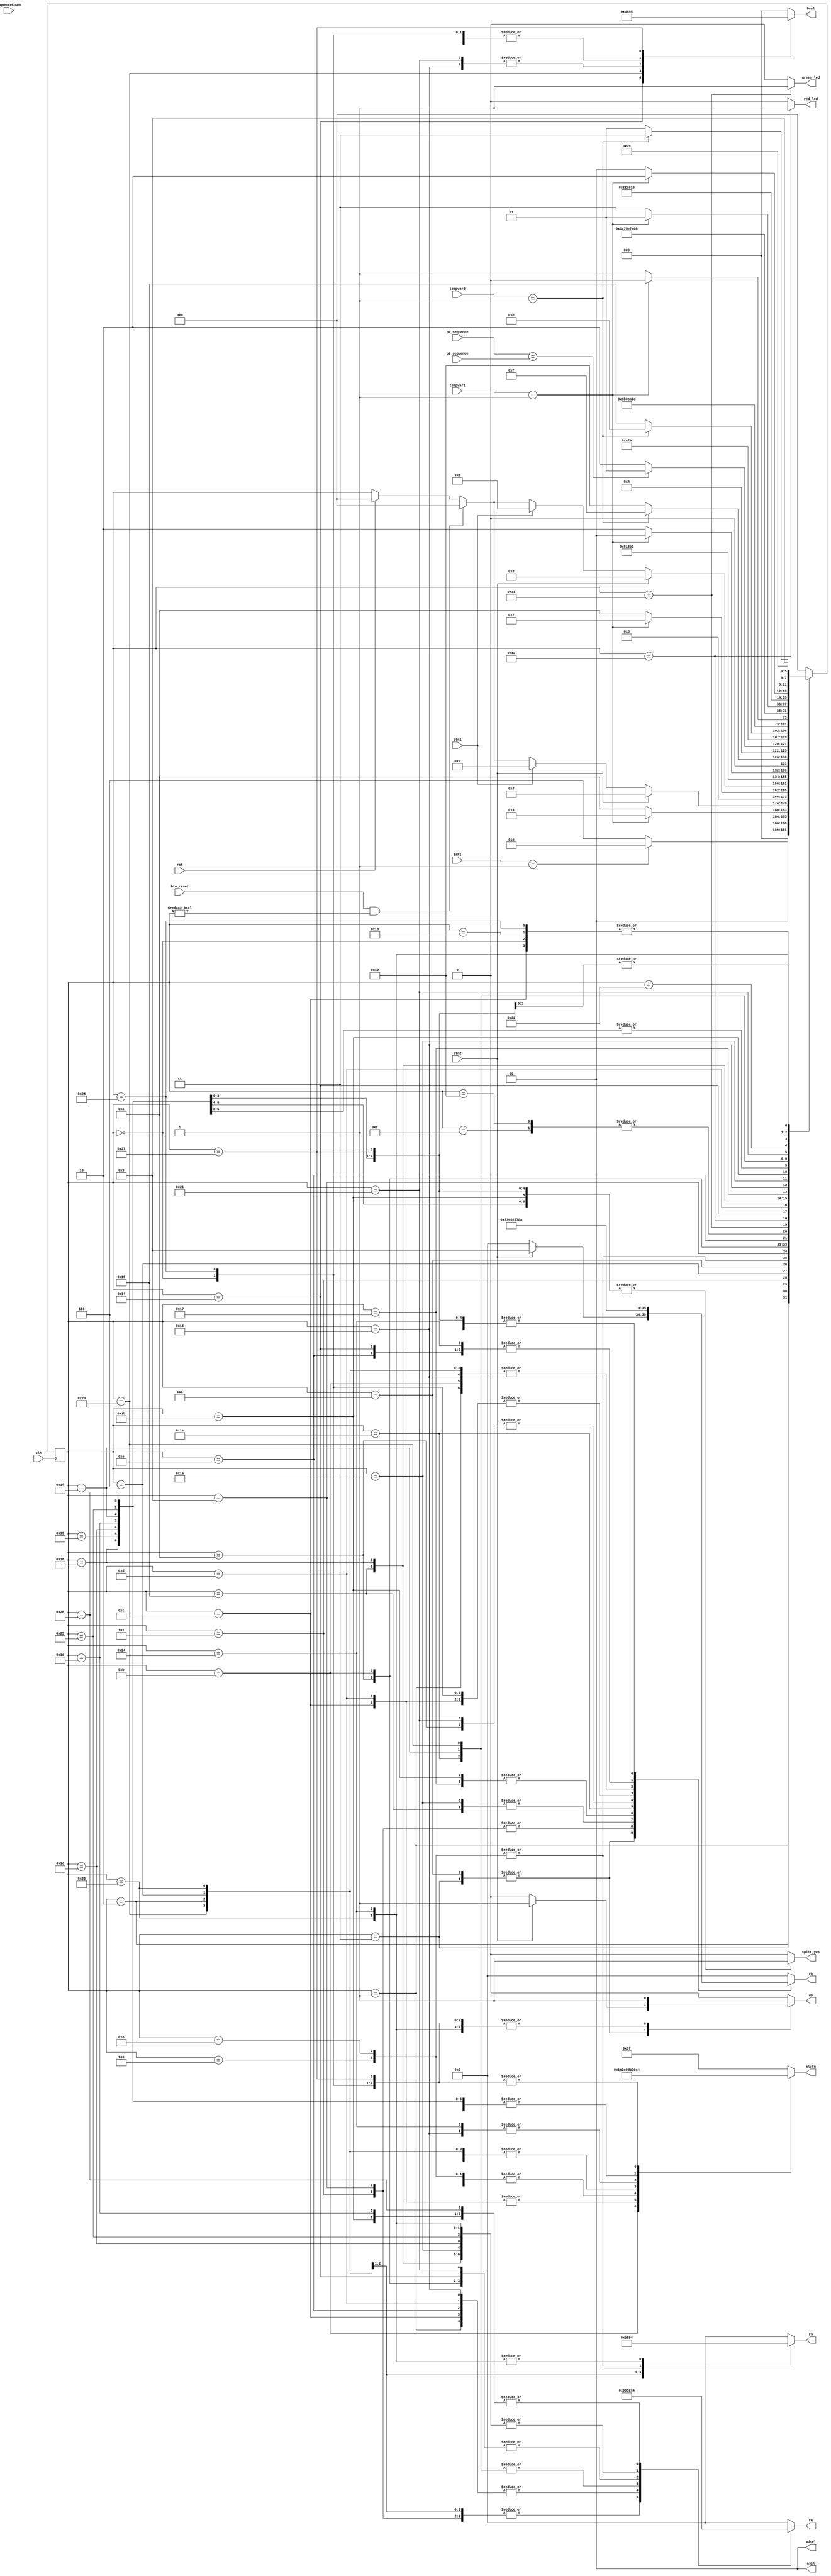
/*
   This file was generated automatically by Alchitry Labs version 1.2.7.
   Do not edit this file directly. Instead edit the original Lucid source.
   This is a temporary file and any changes made to it will be destroyed.
*/

module game_cu_4 (
    input clk,
    input rst,
    input btn1,
    input btn2,
    input btn_reset,
    input [15:0] p1_sequence,
    input [15:0] p2_sequence,
    input [15:0] sequenceCount,
    input [15:0] isP1,
    input [15:0] tempvar1,
    input [15:0] tempvar2,
    output reg we,
    output reg [3:0] ra,
    output reg [3:0] rb,
    output reg [3:0] rc,
    output reg [1:0] asel,
    output reg [2:0] bsel,
    output reg [1:0] wdsel,
    output reg [5:0] alufn,
    output reg green_led,
    output reg red_led,
    output reg split_yes
  );
  
  
  
  localparam START_game_fsm = 6'd0;
  localparam IDLE_game_fsm = 6'd1;
  localparam PLAYER1_PRESS_game_fsm = 6'd2;
  localparam PLAYER1_PRESS_WRITE_VALUE_game_fsm = 6'd3;
  localparam PLAYER1_PRESS_ADD_TO_SEQUENCE_game_fsm = 6'd4;
  localparam PLAYER1_PRESS_INCREMENT_LOOPVAR_game_fsm = 6'd5;
  localparam PLAYER2_PRESS_game_fsm = 6'd6;
  localparam PLAYER2_PRESS_WRITE_VALUE_game_fsm = 6'd7;
  localparam PLAYER2_PRESS_ADD_TO_SEQUENCE_game_fsm = 6'd8;
  localparam PLAYER2_PRESS_INCREMENT_LOOPVAR_game_fsm = 6'd9;
  localparam INCREMENT_SEQUENCECOUNT_game_fsm = 6'd10;
  localparam CPMLEQ_SEQUENCECOUNT_1_game_fsm = 6'd11;
  localparam NOT_ISP1_game_fsm = 6'd12;
  localparam NOT_ISP1_CMP_game_fsm = 6'd13;
  localparam CMPEQ_P1SEQUENCE_P2SEQUENCE_game_fsm = 6'd14;
  localparam CMP_SEQ_ISP1_game_fsm = 6'd15;
  localparam CMP_SEQ_NOTISP1_game_fsm = 6'd16;
  localparam UPDATE_LED_GREEN_game_fsm = 6'd17;
  localparam UPDATE_LED_RED_game_fsm = 6'd18;
  localparam TURN_LED_OFF_game_fsm = 6'd19;
  localparam CPMLE_SEQUENCECOUNT_16_game_fsm = 6'd20;
  localparam CMPEQ_ISP1_0_game_fsm = 6'd21;
  localparam INCREMENT_P1_SCORE_game_fsm = 6'd22;
  localparam INCREMENT_P2_SCORE_game_fsm = 6'd23;
  localparam INCREMENT_P1_SCORE_SEG_game_fsm = 6'd24;
  localparam INCREMENT_P2_SCORE_SEG_game_fsm = 6'd25;
  localparam INCREMENT_P1_SCORE_CMP_game_fsm = 6'd26;
  localparam INCREMENT_P2_SCORE_CMP_game_fsm = 6'd27;
  localparam INCREMENT_P1_SCORE_CMP_SEG_game_fsm = 6'd28;
  localparam INCREMENT_P2_SCORE_CMP_SEG_game_fsm = 6'd29;
  localparam INCREMENT_ROUND_game_fsm = 6'd30;
  localparam INCREMENT_ROUND_SEG_game_fsm = 6'd31;
  localparam CMPLEQC_ROUND_5_game_fsm = 6'd32;
  localparam RESET_SEQUENCE_COUNT_game_fsm = 6'd33;
  localparam TURN_LED_OFF1_game_fsm = 6'd34;
  localparam CMPLEQ_P1_SCORE_P2SCORE_game_fsm = 6'd35;
  localparam CMPEQ_P1_SCORE_P2SCORE_game_fsm = 6'd36;
  localparam P1_WINNER_game_fsm = 6'd37;
  localparam P2_WINNER_game_fsm = 6'd38;
  localparam TIE_game_fsm = 6'd39;
  localparam SET_ISP1_1_game_fsm = 6'd40;
  localparam END_game_fsm = 6'd41;
  
  reg [5:0] M_game_fsm_d, M_game_fsm_q = START_game_fsm;
  
  always @* begin
    M_game_fsm_d = M_game_fsm_q;
    
    alufn = 6'h3f;
    asel = 3'h0;
    bsel = 2'h0;
    we = 4'h0;
    ra = 4'h0;
    rb = 4'h0;
    rc = 4'h0;
    wdsel = 1'h0;
    green_led = 1'h0;
    red_led = 1'h0;
    split_yes = 1'h0;
    if (rst) begin
      M_game_fsm_d = START_game_fsm;
    end
    if (btn_reset && M_game_fsm_q != START_game_fsm) begin
      M_game_fsm_d = START_game_fsm;
    end
    
    case (M_game_fsm_q)
      START_game_fsm: begin
        alufn = 4'h4;
        bsel = 3'h2;
        rc = 4'h6;
        we = 1'h1;
        M_game_fsm_d = IDLE_game_fsm;
      end
      IDLE_game_fsm: begin
        alufn = 4'h3;
        asel = 2'h0;
        ra = 4'h6;
        rc = 4'h7;
        we = 1'h1;
        if (isP1 == 1'h1) begin
          M_game_fsm_d = PLAYER1_PRESS_game_fsm;
        end else begin
          M_game_fsm_d = PLAYER2_PRESS_game_fsm;
        end
      end
      PLAYER1_PRESS_game_fsm: begin
        alufn = 6'h36;
        asel = 2'h0;
        bsel = 3'h0;
        ra = 4'h9;
        rb = 4'hb;
        rc = 4'h7;
        if (tempvar1 == 1'h1) begin
          M_game_fsm_d = PLAYER1_PRESS_WRITE_VALUE_game_fsm;
        end else begin
          M_game_fsm_d = INCREMENT_SEQUENCECOUNT_game_fsm;
        end
      end
      PLAYER1_PRESS_WRITE_VALUE_game_fsm: begin
        if (btn2) begin
          rc = 4'h9;
          we = 1'h1;
          M_game_fsm_d = PLAYER1_PRESS_ADD_TO_SEQUENCE_game_fsm;
        end else begin
          if (btn1) begin
            M_game_fsm_d = PLAYER1_PRESS_game_fsm;
          end
        end
      end
      PLAYER1_PRESS_ADD_TO_SEQUENCE_game_fsm: begin
        alufn = 6'h00;
        asel = 2'h0;
        bsel = 3'h0;
        ra = 4'h0;
        rb = 4'h9;
        rc = 4'h0;
        we = 1'h1;
        M_game_fsm_d = PLAYER1_PRESS_INCREMENT_LOOPVAR_game_fsm;
      end
      PLAYER1_PRESS_INCREMENT_LOOPVAR_game_fsm: begin
        alufn = 6'h00;
        asel = 2'h0;
        bsel = 3'h2;
        ra = 4'h9;
        rc = 4'h9;
        we = 1'h1;
        M_game_fsm_d = PLAYER1_PRESS_game_fsm;
      end
      PLAYER2_PRESS_game_fsm: begin
        alufn = 6'h36;
        asel = 2'h0;
        bsel = 3'h0;
        ra = 4'h9;
        rb = 4'h6;
        rc = 4'h7;
        if (tempvar1 == 1'h1) begin
          M_game_fsm_d = PLAYER2_PRESS_WRITE_VALUE_game_fsm;
        end else begin
          M_game_fsm_d = INCREMENT_SEQUENCECOUNT_game_fsm;
        end
      end
      PLAYER2_PRESS_WRITE_VALUE_game_fsm: begin
        if (btn2) begin
          rc = 4'h9;
          we = 1'h1;
          M_game_fsm_d = PLAYER2_PRESS_ADD_TO_SEQUENCE_game_fsm;
        end else begin
          if (btn1) begin
            M_game_fsm_d = PLAYER2_PRESS_game_fsm;
          end
        end
      end
      PLAYER2_PRESS_ADD_TO_SEQUENCE_game_fsm: begin
        alufn = 6'h00;
        asel = 2'h0;
        bsel = 3'h0;
        ra = 4'h0;
        rb = 4'h9;
        rc = 4'h0;
        we = 1'h1;
        M_game_fsm_d = PLAYER1_PRESS_INCREMENT_LOOPVAR_game_fsm;
      end
      PLAYER2_PRESS_INCREMENT_LOOPVAR_game_fsm: begin
        alufn = 6'h00;
        asel = 2'h0;
        bsel = 3'h2;
        ra = 4'h9;
        rc = 4'h9;
        we = 1'h1;
        M_game_fsm_d = PLAYER2_PRESS_game_fsm;
      end
      INCREMENT_SEQUENCECOUNT_game_fsm: begin
        alufn = 6'h00;
        asel = 2'h0;
        bsel = 3'h2;
        ra = 4'h2;
        rc = 4'h2;
        we = 1'h1;
        M_game_fsm_d = CPMLEQ_SEQUENCECOUNT_1_game_fsm;
      end
      CPMLEQ_SEQUENCECOUNT_1_game_fsm: begin
        alufn = 6'h1a;
        asel = 2'h0;
        bsel = 3'h2;
        ra = 4'h2;
        rc = 4'h7;
        we = 1'h1;
        if (tempvar1 == 1'h1) begin
          M_game_fsm_d = NOT_ISP1_game_fsm;
        end else begin
          M_game_fsm_d = CMPEQ_P1SEQUENCE_P2SEQUENCE_game_fsm;
        end
      end
      NOT_ISP1_game_fsm: begin
        alufn = 4'hb;
        asel = 2'h0;
        ra = 4'h6;
        rc = 4'h6;
        we = 1'h1;
        M_game_fsm_d = IDLE_game_fsm;
      end
      CMPEQ_P1SEQUENCE_P2SEQUENCE_game_fsm: begin
        alufn = 4'h3;
        asel = 2'h0;
        ra = 4'h6;
        rc = 4'h8;
        we = 1'h1;
        if (tempvar2 == 1'h1) begin
          M_game_fsm_d = CMP_SEQ_ISP1_game_fsm;
        end else begin
          M_game_fsm_d = CMP_SEQ_NOTISP1_game_fsm;
        end
      end
      CMP_SEQ_ISP1_game_fsm: begin
        if (p1_sequence == p2_sequence) begin
          M_game_fsm_d = UPDATE_LED_GREEN_game_fsm;
        end else begin
          M_game_fsm_d = UPDATE_LED_RED_game_fsm;
        end
      end
      CMP_SEQ_NOTISP1_game_fsm: begin
        if (p1_sequence == p2_sequence) begin
          M_game_fsm_d = UPDATE_LED_GREEN_game_fsm;
        end else begin
          M_game_fsm_d = UPDATE_LED_RED_game_fsm;
        end
      end
      UPDATE_LED_GREEN_game_fsm: begin
        green_led = 1'h1;
        M_game_fsm_d = CPMLE_SEQUENCECOUNT_16_game_fsm;
      end
      UPDATE_LED_RED_game_fsm: begin
        red_led = 1'h1;
        M_game_fsm_d = CMPEQ_ISP1_0_game_fsm;
      end
      CPMLE_SEQUENCECOUNT_16_game_fsm: begin
        alufn = 6'h36;
        asel = 2'h0;
        bsel = 3'h4;
        ra = 4'h2;
        rc = 4'h8;
        we = 1'h1;
        if (tempvar2 == 1'h1) begin
          M_game_fsm_d = NOT_ISP1_CMP_game_fsm;
        end else begin
          M_game_fsm_d = INCREMENT_P1_SCORE_game_fsm;
        end
      end
      NOT_ISP1_CMP_game_fsm: begin
        alufn = 4'hb;
        asel = 2'h0;
        ra = 4'h6;
        rc = 4'h6;
        we = 1'h1;
        M_game_fsm_d = TURN_LED_OFF_game_fsm;
      end
      TURN_LED_OFF_game_fsm: begin
        green_led = 1'h0;
        red_led = 1'h0;
        M_game_fsm_d = IDLE_game_fsm;
      end
      INCREMENT_P1_SCORE_game_fsm: begin
        alufn = 6'h00;
        asel = 2'h0;
        bsel = 3'h2;
        ra = 4'h3;
        rc = 4'h3;
        we = 1'h1;
        M_game_fsm_d = INCREMENT_P1_SCORE_SEG_game_fsm;
      end
      INCREMENT_P1_SCORE_SEG_game_fsm: begin
        alufn = 4'h3;
        asel = 2'h0;
        ra = 4'h3;
        rc = 4'ha;
        we = 1'h1;
        split_yes = 1'h1;
        M_game_fsm_d = INCREMENT_P2_SCORE_game_fsm;
      end
      INCREMENT_P2_SCORE_game_fsm: begin
        alufn = 6'h00;
        asel = 2'h0;
        bsel = 3'h2;
        ra = 4'h4;
        rc = 4'h4;
        we = 1'h1;
        M_game_fsm_d = INCREMENT_P2_SCORE_SEG_game_fsm;
      end
      INCREMENT_P2_SCORE_SEG_game_fsm: begin
        alufn = 4'h3;
        asel = 2'h0;
        ra = 4'h4;
        rc = 4'ha;
        we = 1'h1;
        split_yes = 1'h1;
        M_game_fsm_d = INCREMENT_ROUND_game_fsm;
      end
      CMPEQ_ISP1_0_game_fsm: begin
        alufn = 6'h32;
        asel = 2'h0;
        bsel = 3'h1;
        ra = 4'h6;
        rc = 4'h7;
        we = 1'h1;
        if (tempvar1 == 1'h1) begin
          M_game_fsm_d = INCREMENT_P1_SCORE_CMP_game_fsm;
        end else begin
          M_game_fsm_d = INCREMENT_P2_SCORE_CMP_game_fsm;
        end
      end
      INCREMENT_P1_SCORE_CMP_game_fsm: begin
        alufn = 6'h00;
        asel = 2'h0;
        bsel = 3'h2;
        ra = 4'h3;
        rc = 4'h3;
        we = 1'h1;
        M_game_fsm_d = INCREMENT_P1_SCORE_CMP_SEG_game_fsm;
      end
      INCREMENT_P1_SCORE_CMP_SEG_game_fsm: begin
        alufn = 4'h3;
        asel = 2'h0;
        ra = 4'h3;
        rc = 4'ha;
        we = 1'h1;
        split_yes = 1'h1;
        M_game_fsm_d = INCREMENT_ROUND_game_fsm;
      end
      INCREMENT_P2_SCORE_CMP_game_fsm: begin
        alufn = 6'h00;
        asel = 2'h0;
        bsel = 3'h2;
        ra = 4'h4;
        rc = 4'h4;
        we = 1'h1;
        split_yes = 1'h1;
        M_game_fsm_d = INCREMENT_P2_SCORE_CMP_SEG_game_fsm;
      end
      INCREMENT_P2_SCORE_CMP_SEG_game_fsm: begin
        alufn = 4'h3;
        asel = 2'h0;
        ra = 4'h4;
        rc = 4'ha;
        we = 1'h1;
        split_yes = 1'h1;
        M_game_fsm_d = INCREMENT_ROUND_game_fsm;
      end
      INCREMENT_ROUND_game_fsm: begin
        alufn = 6'h00;
        asel = 2'h0;
        bsel = 3'h2;
        ra = 4'h5;
        rc = 4'h5;
        we = 1'h1;
        M_game_fsm_d = INCREMENT_ROUND_SEG_game_fsm;
      end
      INCREMENT_ROUND_SEG_game_fsm: begin
        alufn = 4'h3;
        asel = 2'h0;
        ra = 4'h5;
        rc = 4'ha;
        we = 1'h1;
        split_yes = 1'h1;
        M_game_fsm_d = CMPLEQC_ROUND_5_game_fsm;
      end
      CMPLEQC_ROUND_5_game_fsm: begin
        alufn = 6'h36;
        asel = 2'h0;
        bsel = 3'h3;
        ra = 4'h5;
        rc = 4'h7;
        we = 1'h1;
        if (tempvar1 == 1'h1) begin
          M_game_fsm_d = RESET_SEQUENCE_COUNT_game_fsm;
        end else begin
          M_game_fsm_d = CMPLEQ_P1_SCORE_P2SCORE_game_fsm;
        end
      end
      RESET_SEQUENCE_COUNT_game_fsm: begin
        alufn = 6'h00;
        asel = 2'h0;
        bsel = 3'h1;
        ra = 4'h2;
        rc = 4'h2;
        we = 1'h1;
        M_game_fsm_d = TURN_LED_OFF1_game_fsm;
      end
      TURN_LED_OFF1_game_fsm: begin
        green_led = 1'h0;
        red_led = 1'h0;
        M_game_fsm_d = SET_ISP1_1_game_fsm;
      end
      SET_ISP1_1_game_fsm: begin
        alufn = 4'h4;
        bsel = 3'h2;
        rc = 4'h6;
        we = 1'h1;
        M_game_fsm_d = IDLE_game_fsm;
      end
      CMPLEQ_P1_SCORE_P2SCORE_game_fsm: begin
        alufn = 6'h36;
        asel = 2'h0;
        bsel = 3'h0;
        ra = 4'h3;
        rb = 4'h4;
        rc = 4'h7;
        we = 1'h1;
        if (tempvar1 == 1'h1) begin
          M_game_fsm_d = P2_WINNER_game_fsm;
        end else begin
          M_game_fsm_d = CMPEQ_P1_SCORE_P2SCORE_game_fsm;
        end
      end
      CMPEQ_P1_SCORE_P2SCORE_game_fsm: begin
        alufn = 6'h32;
        asel = 2'h0;
        bsel = 3'h0;
        ra = 4'h3;
        rb = 4'h4;
        rc = 4'h8;
        we = 1'h1;
        if (tempvar2 == 1'h1) begin
          M_game_fsm_d = TIE_game_fsm;
        end else begin
          M_game_fsm_d = P1_WINNER_game_fsm;
        end
      end
      P1_WINNER_game_fsm: begin
        alufn = 4'h3;
        asel = 2'h0;
        ra = 4'h3;
        rc = 4'ha;
        we = 1'h1;
        split_yes = 1'h1;
        M_game_fsm_d = END_game_fsm;
      end
      P2_WINNER_game_fsm: begin
        alufn = 4'h3;
        asel = 2'h0;
        ra = 4'h4;
        rc = 4'ha;
        we = 1'h1;
        split_yes = 1'h1;
        M_game_fsm_d = END_game_fsm;
      end
      TIE_game_fsm: begin
        alufn = 4'h4;
        bsel = 3'h5;
        rc = 4'ha;
        split_yes = 1'h1;
        we = 1'h1;
        M_game_fsm_d = END_game_fsm;
      end
      END_game_fsm: begin
        split_yes = 1'h0;
        green_led = 1'h0;
        red_led = 1'h0;
        M_game_fsm_d = START_game_fsm;
      end
      default: begin
        M_game_fsm_d = START_game_fsm;
      end
    endcase
  end
  
  always @(posedge clk) begin
    M_game_fsm_q <= M_game_fsm_d;
  end
  
endmodule